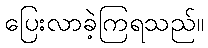
ပြေးလာခဲ့ကြရသည်။